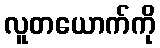
လူတယောက်ကို